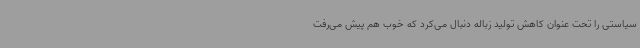
سیاستی را تحت عنوان کاهش تولید زباله دنبال می‌کرد که خوب هم پیش می‌رفت